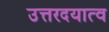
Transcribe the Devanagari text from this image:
उत्तरदयात्व